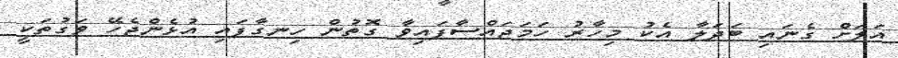
އަލަށް ގެނައި ބަދަލާ އެކު މިހާރު ހަމަޖައްސާފައިވާ ގޮތުން ހިނގާފައި އުޅެންޖެހޭ ވަގުތަކީ